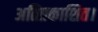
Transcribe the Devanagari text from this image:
अतिप्रकाशित।